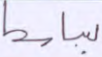
بباسط